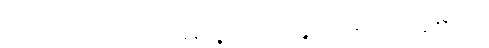
ကထာဝတ္ထုဝိသုဒ္ဓိယာ ဝေဝစနန္တိ မုဉ္စိံသု ဝိညာဏဉ္စာယတနတော ပက္ခန္တရမာဟ